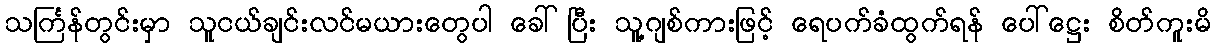
သင်္ကြန်တွင်းမှာ သူငယ်ချင်းလင်မယားတွေပါ ခေါ်ပြီး သူ့ဂျစ်ကားဖြင့် ရေပက်ခံထွက်ရန် ပေါ်ဋ္ဌေး စိတ်ကူးမိ